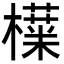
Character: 𬅅